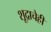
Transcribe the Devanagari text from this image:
शूद्राचेही